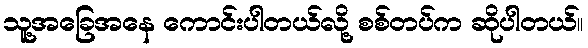
သူ့အခြေအနေ ကောင်းပါတယ်လို့ စစ်တပ်က ဆိုပါတယ်။